Report on the working of the Ranchi Indian Mental Hospital, Kanke, in Bihar and Orissa - 1930-1940
Year: 1930
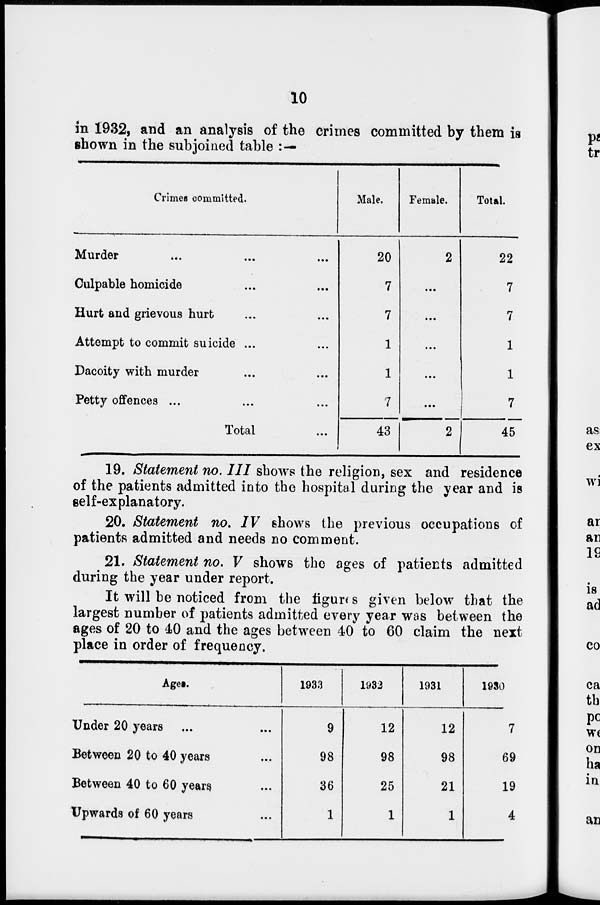
10
in 1932, and an analysis of the crimes committed by them is
shown in the subjoined table : —
Crimes committed.
Murder ... ... ...
Culpable homicide ... ...
Hurt and grievous hurt ... ...
Attempt to commit suicide ... ...
Dacoity with murder ... ...
Petty offences ... ... ...
Total ...
Male.
20
7
7
1
1
7
43
Female.
2
...
...
...
...
...
2
Total.
22
7
7
1
1
7
45
19. Statement no. III shows the religion, sex and residence
of the patients admitted into the hospital during the year and is
self-explanatory.
20. Statement no. IV shows the previous occupations of
patients admitted and needs no comment.
21. Statement no. V shows the ages of patients admitted
during the year under report.
It will be noticed from the figures given below that the
largest number of patients admitted every year was between the
ages of 20 to 40 and the ages between 40 to 60 claim the next
place in order of frequency.
Ages.
Under 20 years ... ...
Between 20 to 40 years ...
Between 40 to 60 years ...
Upwards of 60 years ...
1933
9
98
36
1
1932
12
98
25
1
1931
12
98
21
1
1930
7
69
19
4